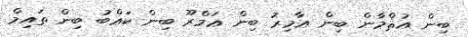
ބިން ޢުޘްމާން ބިން ޢާމިރު ބިން ޢަމްރޫ ބިން ކަޢްބު ބިން ތައިމް